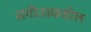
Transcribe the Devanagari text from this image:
संगीताकडील